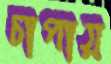
চাপায়